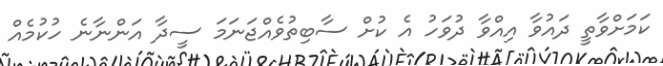
ކަމަށްވާތީ ދައުވާ އިއްވާ ދުވަހު އެ ކުށް ސާބިތުވެއްޖަނަމަ ސީދާ އަންނާނެ ހުކުމެއް